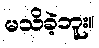
မသိခဲ့ဘူး။